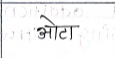
मजकूर: ओटा